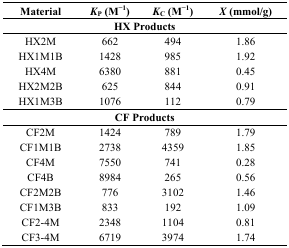
<table><thead><tr><td><b>Material</b></td><td><b><i>K</i><sub>P</sub> (M<sup>−1</sup>)</b></td><td><b><i>K</i><sub>C</sub> (M<sup>−1</sup>)</b></td><td><b><i>X</i> (mmol/g)</b></td></tr></thead><tbody><tr><td colspan="4"><b>HX Products</b></td></tr><tr><td>HX2M</td><td>662</td><td>494</td><td>1.86</td></tr><tr><td>HX1M1B</td><td>1428</td><td>985</td><td>1.92</td></tr><tr><td>HX4M</td><td>6380</td><td>881</td><td>0.45</td></tr><tr><td>HX2M2B</td><td>625</td><td>844</td><td>0.91</td></tr><tr><td>HX1M3B</td><td>1076</td><td>112</td><td>0.79</td></tr><tr><td colspan="4"><b>CF Products</b></td></tr><tr><td>CF2M</td><td>1424</td><td>789</td><td>1.79</td></tr><tr><td>CF1M1B</td><td>2738</td><td>4359</td><td>1.85</td></tr><tr><td>CF4M</td><td>7550</td><td>741</td><td>0.28</td></tr><tr><td>CF4B</td><td>8984</td><td>265</td><td>0.56</td></tr><tr><td>CF2M2B</td><td>776</td><td>3102</td><td>1.46</td></tr><tr><td>CF1M3B</td><td>833</td><td>192</td><td>1.09</td></tr><tr><td>CF2-4M</td><td>2348</td><td>1104</td><td>0.81</td></tr><tr><td>CF3-4M</td><td>6719</td><td>3974</td><td>1.74</td></tr></tbody></table>